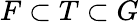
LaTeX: F\subset T\subset G